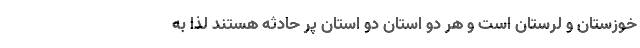
خوزستان و لرستان است و هر دو استان دو استان پر حادثه هستند لذا به